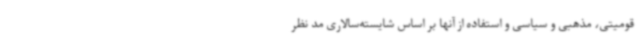
قومیتی، مذهبی و سیاسی و استفاده از آنها بر اساس شایسته‌سالاری مد نظر